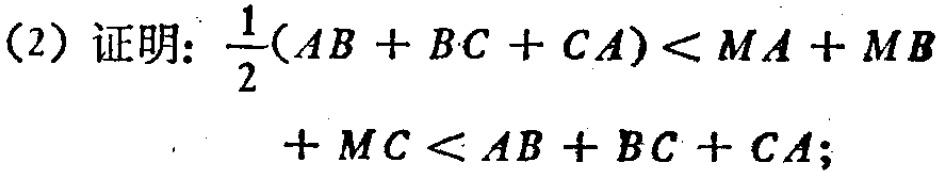
(2) 证明: \(\frac{1}{2}(AB + BC + CA)<MA + MB + MC<AB + BC + CA\);